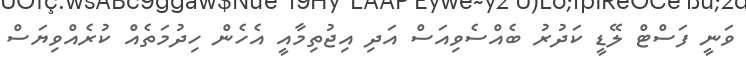
ވަނީ ފަސްޓް ލޭޑީ ކަދުރު ބެއްސެވިއަސް އަދި އިޖުތިމާއީ އެހެން ހިދުމަތެއް ކުރެއްވިޔަސް